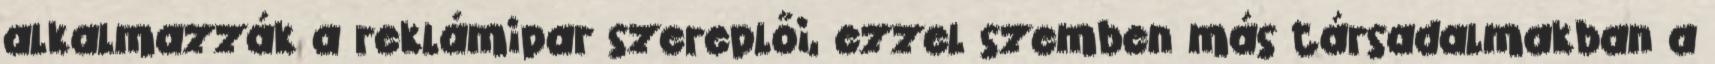
alkalmazzák a reklámipar szereplői, ezzel szemben más társadalmakban a